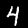
Digit: 4